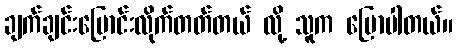
ချက်ချင်းပြောင်းလိုက်တတ်တယ် လို့ သူက ပြောပါတယ်။